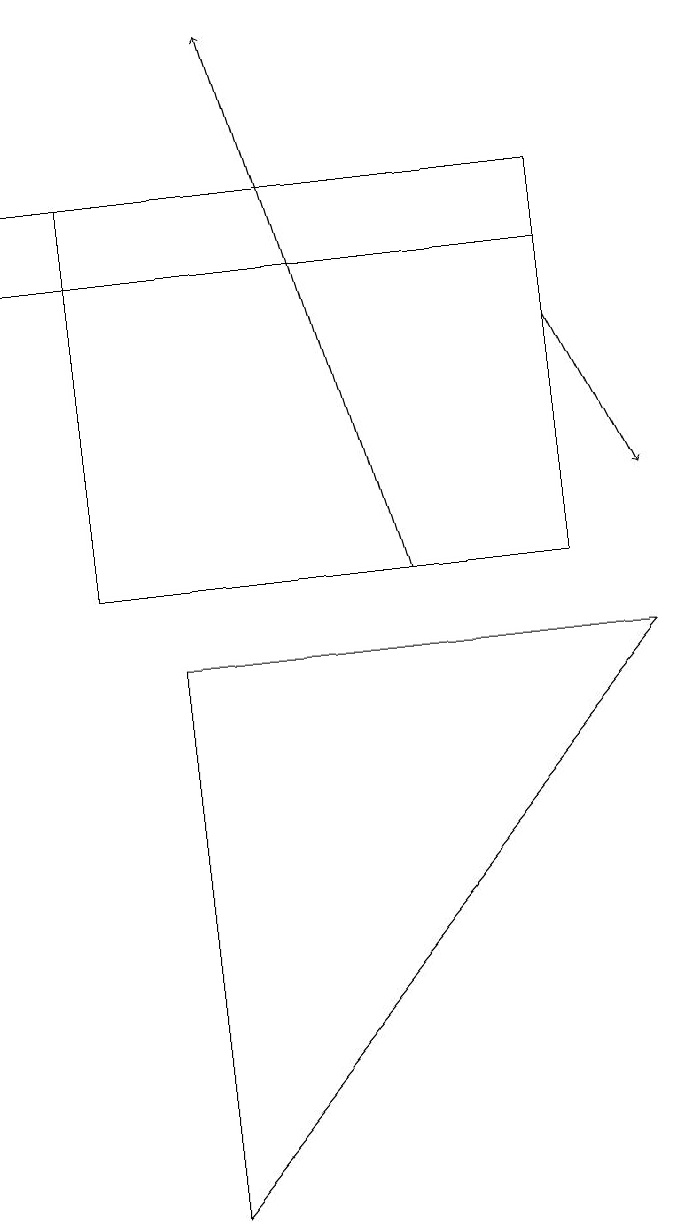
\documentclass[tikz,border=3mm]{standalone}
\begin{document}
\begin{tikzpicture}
\draw[->] (8,13) -- (9,11);
\draw[->] (6,10) -- (4,17);
\draw (8,15) rectangle (1,14);
\draw (3,9) -- (3,2) -- (9,9) -- cycle;
\draw (2,10) rectangle (8,15);
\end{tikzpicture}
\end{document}